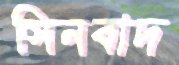
সিনবাদ